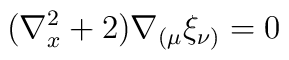
(\nabla^{2}_x + 2)\nabla_{(\mu}\xi_{\nu)} =0